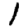
Digit: 1